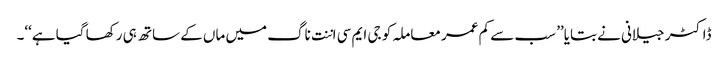
ڈاکٹر جیلانی نے بتایا’’ سب سے کم عمر معاملہ کو جی ایم سی اننت ناگ میں ماں کے ساتھ ہی رکھا گیا ہے‘‘۔